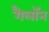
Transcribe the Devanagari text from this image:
गैलॉन